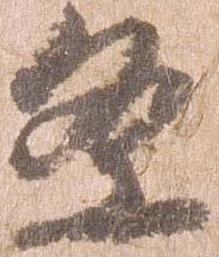
条